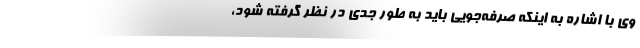
وی با اشاره به اینکه صرفه‌جویی باید به طور جدی در نظر گرفته شود،